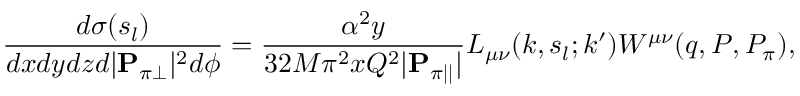
\frac { d \sigma ( s _ { l } ) } { d x d y d z d | { \bf P } _ { \pi \perp } | ^ { 2 } d \phi } = \frac { \alpha ^ { 2 } y } { 3 2 M \pi ^ { 2 } x Q ^ { 2 } | { \bf P } _ { \pi | | } | } L _ { \mu \nu } ( k , s _ { l } ; k ^ { \prime } ) W ^ { \mu \nu } ( q , P , P _ { \pi } ) ,